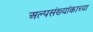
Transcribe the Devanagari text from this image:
अल्पसंख्यांकाच्या